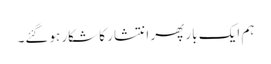
ہم ایک بار پھر انتشار کا شکار ہوگئے۔